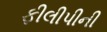
ફીલીપીની